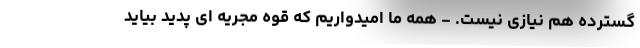
گسترده هم نیازی نیست. - همه ما امیدواریم که قوه مجریه ای پدید بیاید